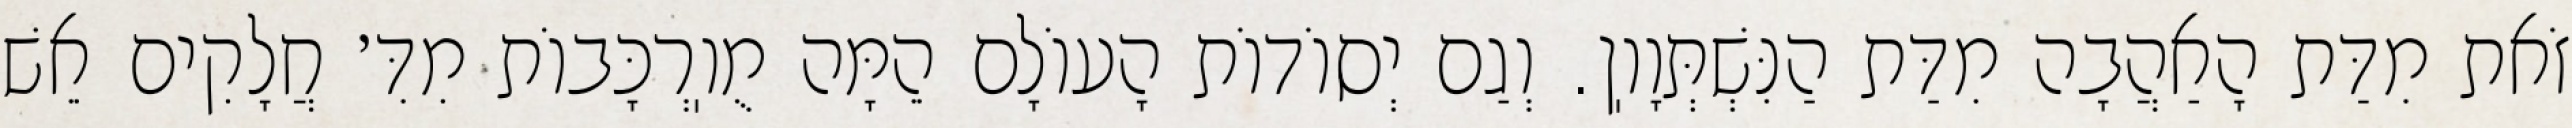
זֹאת מִדַּת הָאַהֲבָה מִדַּת הַנִּשְׁתְּוָוֽן. וְגַם יְסוֹדוֹת הָעוֹלָם הֵמָּה מֻוֽרְכָּבוֹת מִדִּ׳ חֲלָקִים אֵשׁ